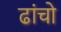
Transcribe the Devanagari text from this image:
ढांचो